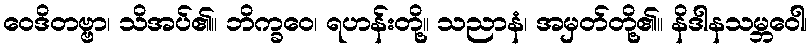
ဝေဒိတဗ္ဗာ၊ သိအပ်၏။ ဘိက္ခဝေ၊ ရဟန်းတို့။ သညာနံ၊ အမှတ်တို့၏။ နိဒါနသမ္ဘဝေါ၊